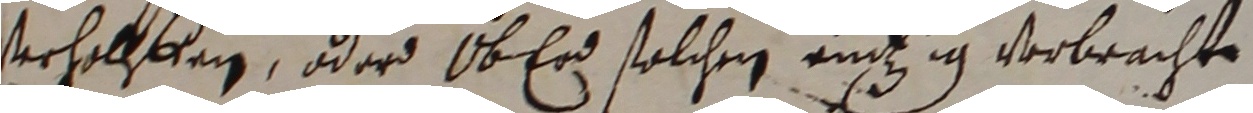
verholfen oder ob erd solchen entzig verbrachte